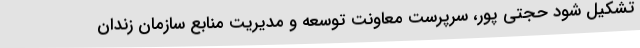
تشکیل شود حجتی پور، سرپرست معاونت توسعه و مدیریت منابع سازمان زندان